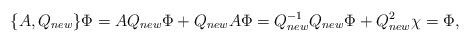
\begin{align*}\{ A ,Q_{new} \} \Phi = A Q_{new} \Phi + Q_{new} A \Phi = Q_{new}^{-1} Q_{new} \Phi + Q_{new}^2 \chi = \Phi,\end{align*}